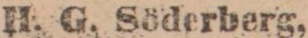
H. G. Söderberg,